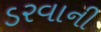
ડરવાની